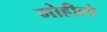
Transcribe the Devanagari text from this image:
गोहीलो